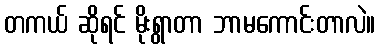
တကယ် ဆိုရင် မိုးရွာတာ ဘာမကောင်းတာလဲ။